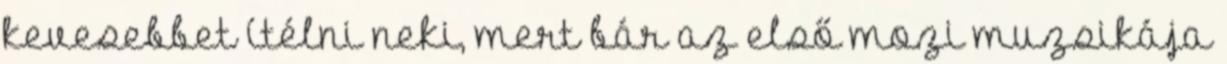
kevesebbet ítélni neki, mert bár az első mozi muzsikája